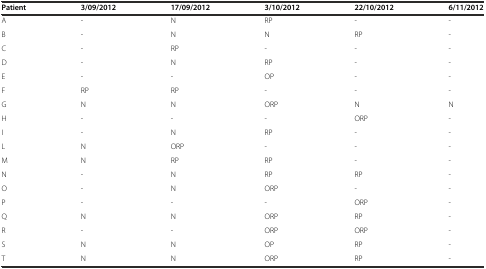
<table><thead><tr><td><b>Patient</b></td><td><b>3/09/2012</b></td><td><b>17/09/2012</b></td><td><b>3/10/2012</b></td><td><b>22/10/2012</b></td><td><b>6/11/2012</b></td></tr></thead><tbody><tr><td>A</td><td>-</td><td>N</td><td>RP</td><td>-</td><td>-</td></tr><tr><td>B</td><td>-</td><td>N</td><td>N</td><td>RP</td><td>-</td></tr><tr><td>C</td><td>-</td><td>RP</td><td>-</td><td>-</td><td>-</td></tr><tr><td>D</td><td>-</td><td>N</td><td>RP</td><td>-</td><td>-</td></tr><tr><td>E</td><td>-</td><td>-</td><td>OP</td><td>-</td><td>-</td></tr><tr><td>F</td><td>RP</td><td>RP</td><td>-</td><td>-</td><td>-</td></tr><tr><td>G</td><td>N</td><td>N</td><td>ORP</td><td>N</td><td>N</td></tr><tr><td>H</td><td>-</td><td>-</td><td>-</td><td>ORP</td><td>-</td></tr><tr><td>I</td><td>-</td><td>N</td><td>RP</td><td>-</td><td>-</td></tr><tr><td>L</td><td>N</td><td>ORP</td><td>-</td><td>-</td><td>-</td></tr><tr><td>M</td><td>N</td><td>RP</td><td>RP</td><td>-</td><td>-</td></tr><tr><td>N</td><td>-</td><td>N</td><td>RP</td><td>RP</td><td>-</td></tr><tr><td>O</td><td>-</td><td>N</td><td>ORP</td><td>-</td><td>-</td></tr><tr><td>P</td><td>-</td><td>-</td><td>-</td><td>ORP</td><td>-</td></tr><tr><td>Q</td><td>N</td><td>N</td><td>ORP</td><td>RP</td><td>-</td></tr><tr><td>R</td><td>-</td><td>-</td><td>ORP</td><td>ORP</td><td>-</td></tr><tr><td>S</td><td>N</td><td>N</td><td>OP</td><td>RP</td><td>-</td></tr><tr><td>T</td><td>N</td><td>N</td><td>ORP</td><td>RP</td><td>-</td></tr></tbody></table>